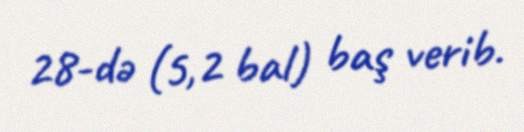
28-də (5,2 bal) baş verib.